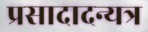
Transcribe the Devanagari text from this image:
प्रसादादन्यत्र